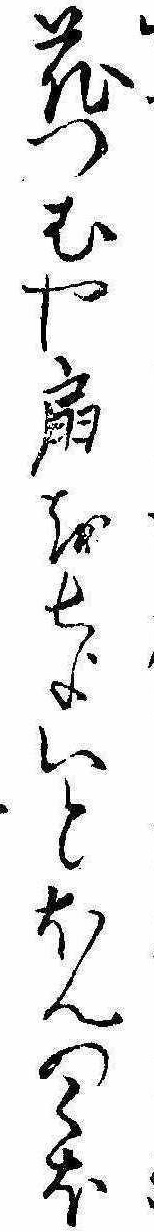
花つむや扇をちよいとほんのくほ